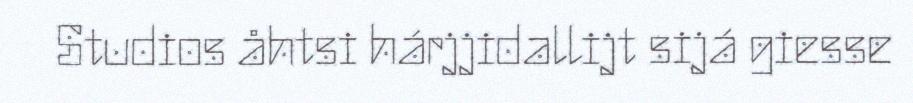
Studios åhtsi hárjjidallijt sijá giesse